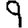
Digit: 9